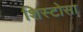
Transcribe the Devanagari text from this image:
शिस्टोसा